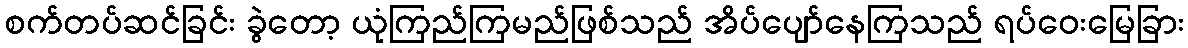
စက်တပ်ဆင်ခြင်း ခွဲတော့ ယုံကြည်ကြမည်ဖြစ်သည် အိပ်ပျော်နေကြသည် ရပ်ဝေးမြေခြား